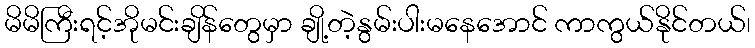
မိမိကြီးရင့်အိုမင်းချိန်တွေမှာ ချို့တဲ့နွမ်းပါးမနေအောင် ကာကွယ်နိုင်တယ်၊